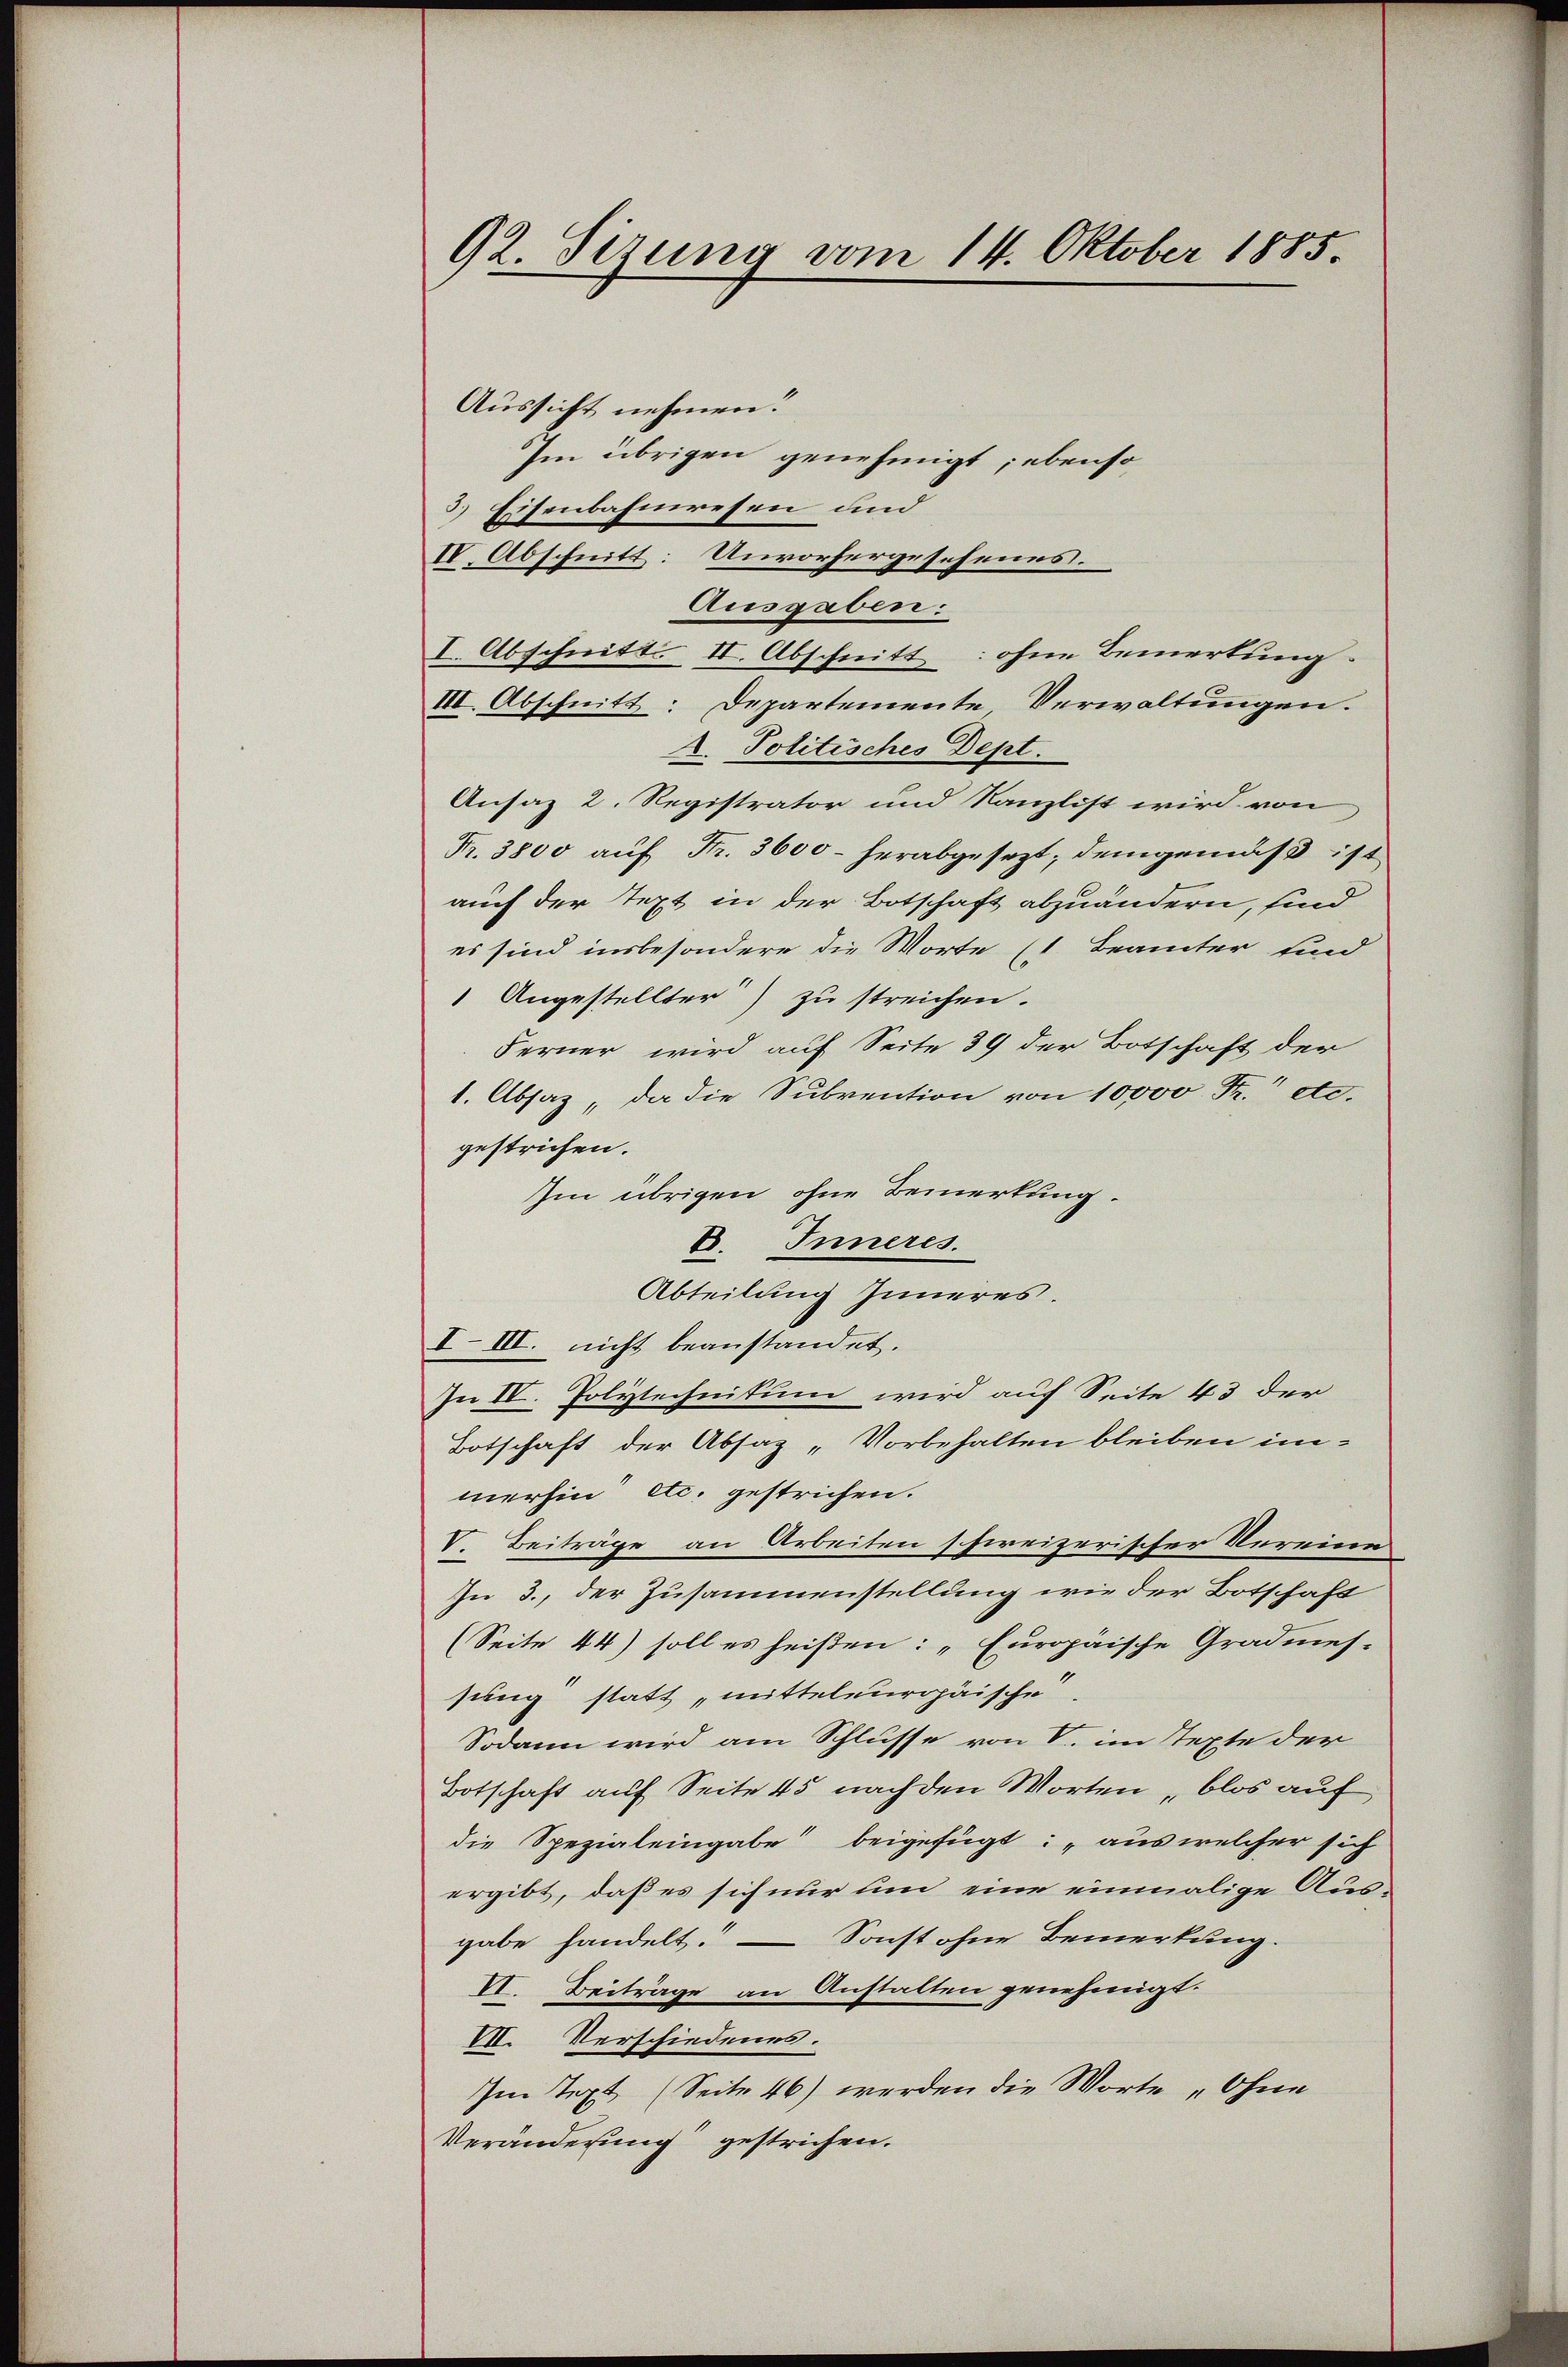
92. Sizung vom 14. Oktober 1885.

Aussicht nehmen.
Im übrigen genehmigt; ebenso
3.) Eisenbahnwesen und
IV. Abschnitt: Unvorhergesehenes.
Ausgaben:
I. Abschnitt. II. Abschnitt ohne Bemerkung
III. Abschnitt: Departemente Verwaltungen.
A. Politisches Dept.
Ansaz 2. Registrator und Kanzlist wird von
Fr. 3800 aŭf Fr. 3600 - herabgesezt; demgemäß ist
auch der Text in der Botschaft abzuändern, sind
es sind insbesondere die Worte (1 Beamter und
1 Angestellter) zu streichen.
Ferner wird auf Seite 39 der Botschaft der
1. Absaz „da die Subvention von 10000 Fr. etc.
gestrichen.
Im übrigen ohne Bemerkung.
E. Inneres.
Abteilung Inneres.
I–III. nicht beanstandet.
In IV. Polytechnitum wird auf Seite 43 der
Botschaft der Absaz „Vorbehalten bleiben im-
merhin etc. gestrichen.
V. Beiträge an Arbeiten schireizerischer Vereine
In 3., der Zusammenstellung wie der Botschaft
(Seite 44) soll es heißen: „Europäische Gradmes-
sung statt mitteleuropäische.
Sodann wird am Schlusse von V. im Texte der
Botschaft auf Seite 45 nach den Worten „blos auf
die Spezialeingabe beigefügt: „aus welcher sich
ergibt, daß es sich nur um eine einmalige Ausgabe handelt. — Sonst ohne Bemerkung.
VI. Beiträge an Anstalten genehmigt.
VI. Verschiedenes.
Im Text (Seite 46) werden die Worte „Ohne
Veränderung gestrichen.